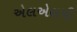
એલએલપી